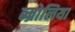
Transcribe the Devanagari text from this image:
ब्म्रोलिया